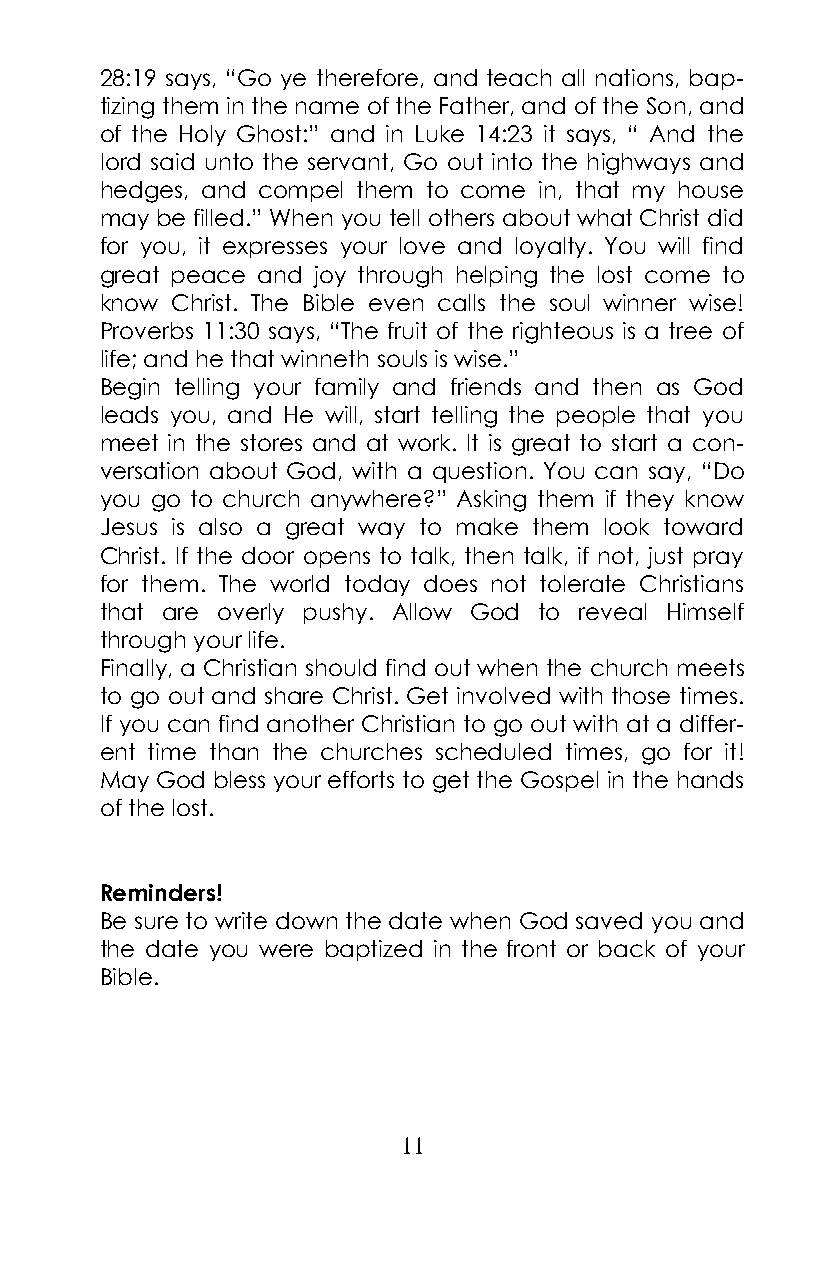
28:19 says, “Go ye therefore, and teach all nations, bap-
 tizing them in the name of the Father, and of the Son, and
 of the Holy Ghost:” and in Luke 14:23 it says, “ And the
 lord said unto the servant, Go out into the highways and
 hedges, and compel them to come in, that my house
 may be filled.” When you tell others about what Christ did
 for you, it expresses your love and loyalty. You will find
 great peace and joy through helping the lost come to
 know Christ. The Bible even calls the soul winner wise!
 Proverbs 11:30 says, “The fruit of the righteous is a tree of
 life; and he that winneth souls is wise.”
 Begin telling your family and friends and then as God
 leads you, and He will, start telling the people that you
 meet in the stores and at work. It is great to start a con-
 versation about God, with a question. You can say, “Do
 you go to church anywhere?” Asking them if they know
 Jesus is also a great way to make them look toward
 Christ. If the door opens to talk, then talk, if not, just pray
 for them. The world today does not tolerate Christians
 that are overly pushy. Allow God to reveal Himself
 through your life.
 Finally, a Christian should find out when the church meets
 to go out and share Christ. Get involved with those times.
 If you can find another Christian to go out with at a differ-
 ent time than the churches scheduled times, go for it!
 May God bless your efforts to get the Gospel in the hands
 of the lost.
 Reminders!
 Be sure to write down the date when God saved you and
 the date you were baptized in the front or back of your
 Bible.
 11